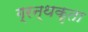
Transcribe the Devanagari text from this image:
ग्रन्थकृता